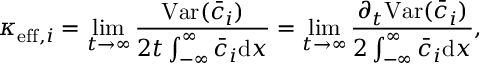
\kappa _ { \mathrm { e f f } , i } = \operatorname* { l i m } _ { t \rightarrow \infty } \frac { \mathrm { V a r } ( \bar { c } _ { i } ) } { 2 t \int _ { - \infty } ^ { \infty } \bar { c } _ { i } \mathrm { d } x } = \operatorname* { l i m } _ { t \rightarrow \infty } \frac { \partial _ { t } \mathrm { V a r } ( \bar { c } _ { i } ) } { 2 \int _ { - \infty } ^ { \infty } \bar { c } _ { i } \mathrm { d } x } ,